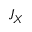
J _ { X }